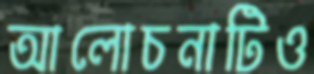
আলোচনাটিও